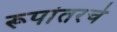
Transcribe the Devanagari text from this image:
रूपांतरचे